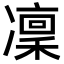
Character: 凜